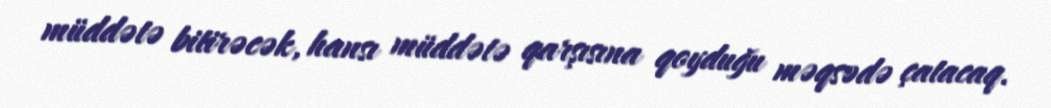
müddətə bitirəcək, hansı müddətə qarşısına qoyduğu məqsədə çatacaq.